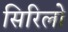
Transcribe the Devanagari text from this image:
सिरिलो